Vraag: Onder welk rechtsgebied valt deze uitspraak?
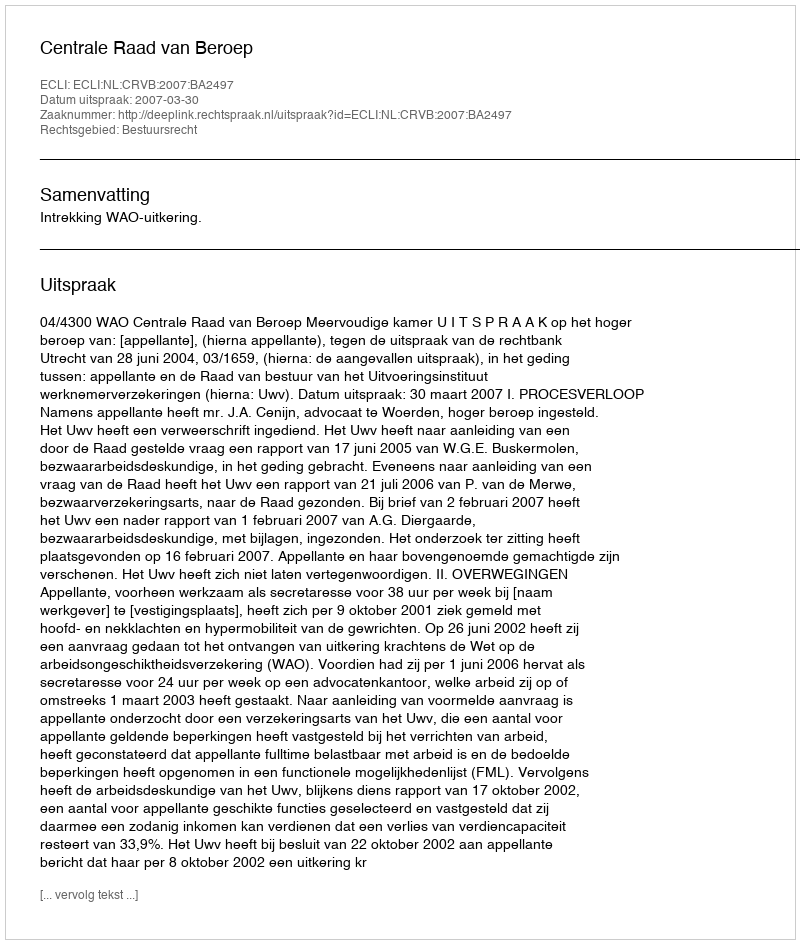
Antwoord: Bestuursrecht